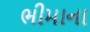
ભીમાના